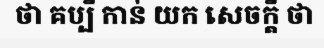
ថា គប្បី កាន់ យក សេចក្តី ថា